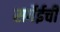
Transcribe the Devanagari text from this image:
सर्गेईची